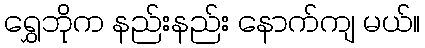
ရွှေဘိုက နည်းနည်း နောက်ကျ မယ်။